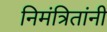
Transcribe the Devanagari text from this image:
निमंत्रितांनी